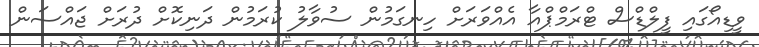
ވީޑިއޯގައި ފީލްޑްސް ޓްރަމްޕްއާ އެއްވަރަށް ހިނގަމުން ސުވާލު ކުރަމުން ދަނިކޮށް ދުރަށް ޖައްސަން